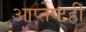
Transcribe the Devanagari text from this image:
आप्तेष्टही